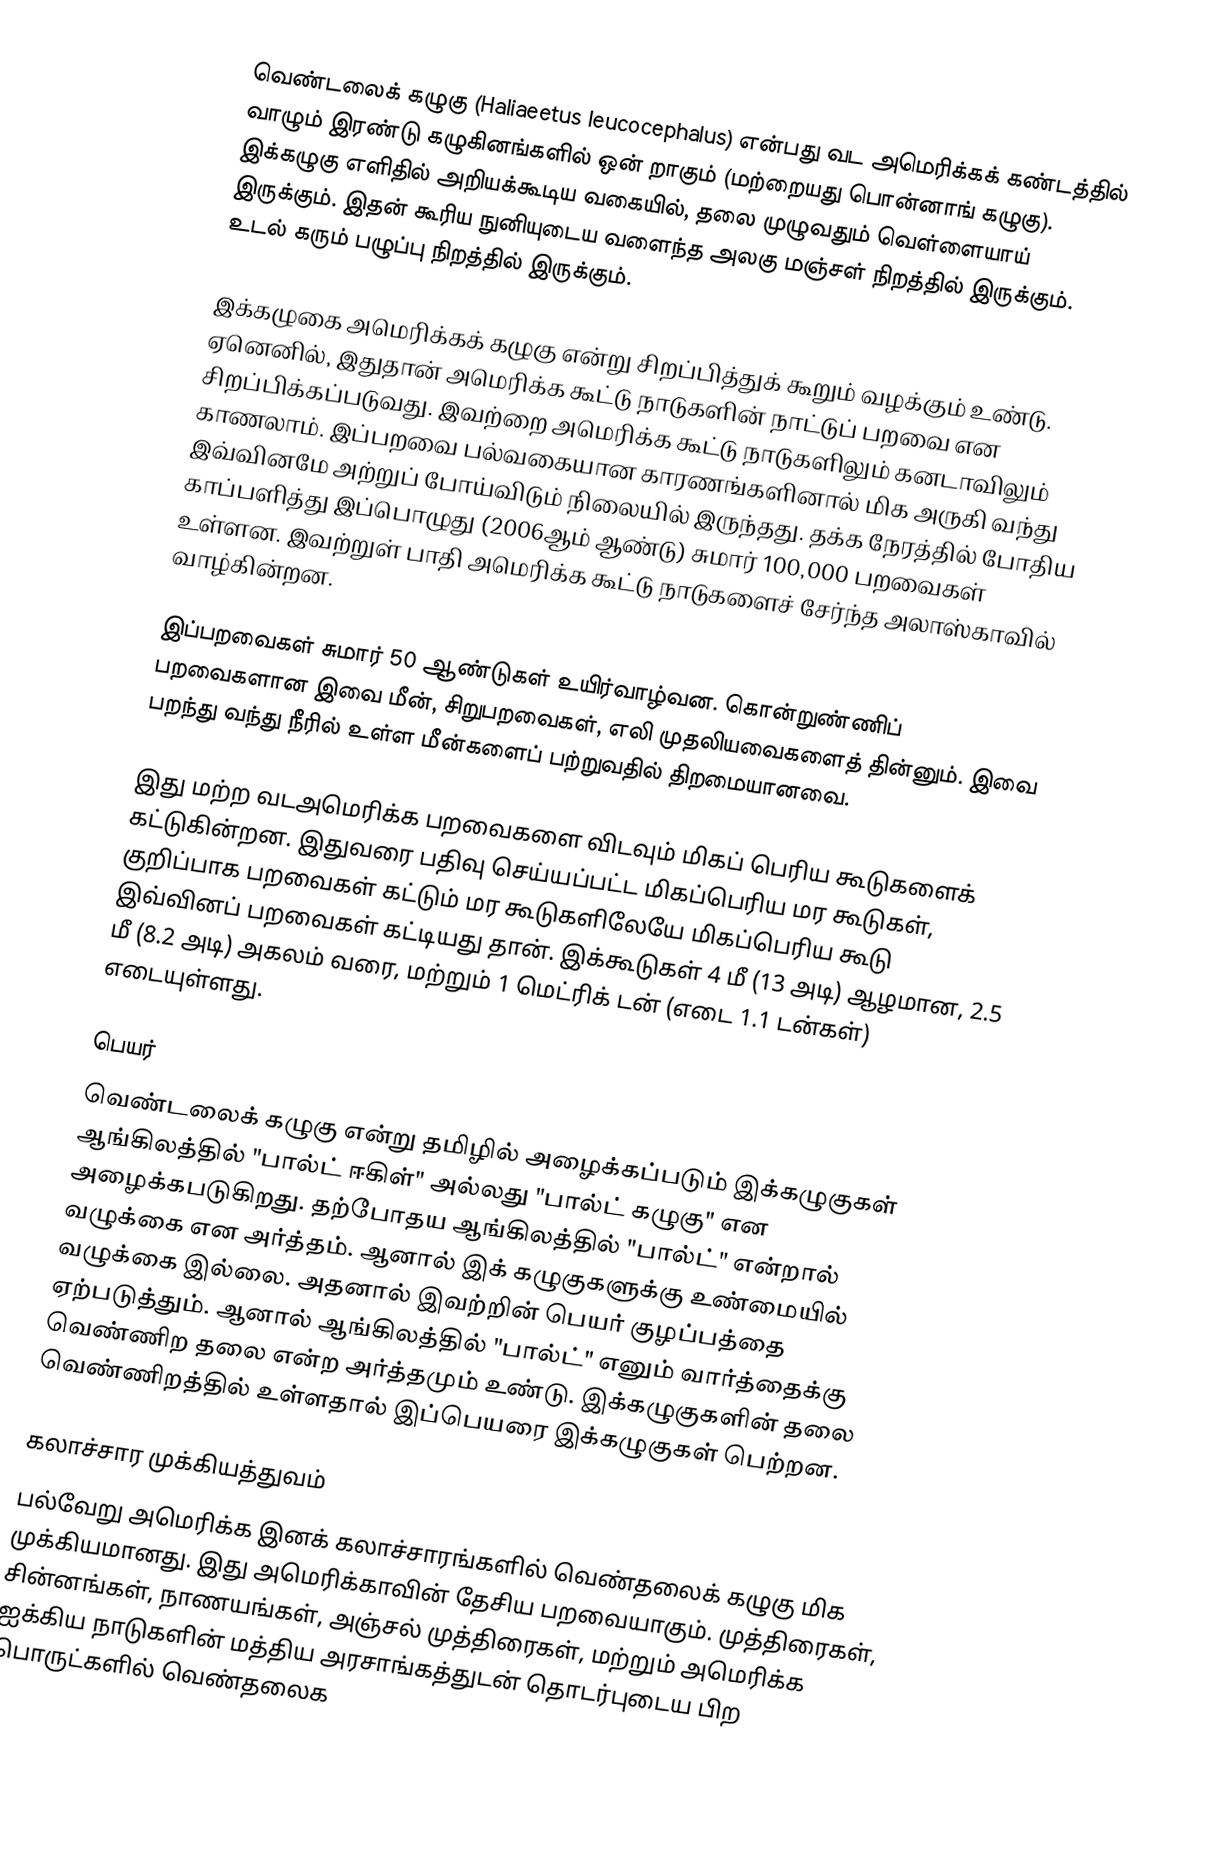
வெண்டலைக் கழுகு (Haliaeetus leucocephalus) என்பது வட அமெரிக்கக் கண்டத்தில் வாழும் இரண்டு கழுகினங்களில் ஒன் றாகும் (மற்றையது பொன்னாங் கழுகு). இக்கழுகு எளிதில் அறியக்கூடிய வகையில், தலை முழுவதும் வெள்ளையாய் இருக்கும். இதன் கூரிய நுனியுடைய வளைந்த அலகு மஞ்சள் நிறத்தில் இருக்கும். உடல் கரும் பழுப்பு நிறத்தில் இருக்கும்.

இக்கழுகை அமெரிக்கக் கழுகு என்று சிறப்பித்துக் கூறும் வழக்கும் உண்டு. ஏனெனில், இதுதான் அமெரிக்க கூட்டு நாடுகளின் நாட்டுப் பறவை என சிறப்பிக்கப்படுவது. இவற்றை அமெரிக்க கூட்டு நாடுகளிலும் கனடாவிலும் காணலாம். இப்பறவை பல்வகையான காரணங்களினால் மிக அருகி வந்து இவ்வினமே அற்றுப் போய்விடும் நிலையில் இருந்தது. தக்க நேரத்தில் போதிய காப்பளித்து இப்பொழுது (2006ஆம் ஆண்டு) சுமார் 100,000 பறவைகள் உள்ளன. இவற்றுள் பாதி அமெரிக்க கூட்டு நாடுகளைச் சேர்ந்த அலாஸ்காவில் வாழ்கின்றன.

இப்பறவைகள் சுமார் 50 ஆண்டுகள் உயிர்வாழ்வன. கொன்றுண்ணிப் பறவைகளான இவை மீன், சிறுபறவைகள், எலி முதலியவைகளைத் தின்னும். இவை பறந்து வந்து நீரில் உள்ள மீன்களைப் பற்றுவதில் திறமையானவை.

இது மற்ற வடஅமெரிக்க பறவைகளை விடவும் மிகப் பெரிய கூடுகளைக் கட்டுகின்றன. இதுவரை பதிவு செய்யப்பட்ட மிகப்பெரிய மர கூடுகள், குறிப்பாக பறவைகள் கட்டும் மர கூடுகளிலேயே மிகப்பெரிய கூடு இவ்வினப் பறவைகள் கட்டியது தான். இக்கூடுகள் 4 மீ (13 அடி) ஆழமான, 2.5 மீ (8.2 அடி) அகலம் வரை, மற்றும் 1 மெட்ரிக் டன் (எடை 1.1 டன்கள்) எடையுள்ளது.

பெயர்
வெண்டலைக் கழுகு என்று தமிழில் அழைக்கப்படும் இக்கழுகுகள் ஆங்கிலத்தில் "பால்ட் ஈகிள்" அல்லது "பால்ட் கழுகு" என அழைக்கபடுகிறது. தற்போதய ஆங்கிலத்தில் "பால்ட்" என்றால் வழுக்கை என அர்த்தம். ஆனால் இக் கழுகுகளுக்கு உண்மையில் வழுக்கை இல்லை. அதனால் இவற்றின் பெயர் குழப்பத்தை ஏற்படுத்தும். ஆனால் ஆங்கிலத்தில் "பால்ட்" எனும் வார்த்தைக்கு வெண்ணிற தலை என்ற அர்த்தமும் உண்டு. இக்கழுகுகளின் தலை வெண்ணிறத்தில் உள்ளதால் இப்பெயரை இக்கழுகுகள் பெற்றன.

கலாச்சார முக்கியத்துவம்
பல்வேறு அமெரிக்க இனக் கலாச்சாரங்களில் வெண்தலைக் கழுகு மிக முக்கியமானது.  இது அமெரிக்காவின் தேசிய பறவையாகும்.  முத்திரைகள், சின்னங்கள், நாணயங்கள், அஞ்சல் முத்திரைகள், மற்றும் அமெரிக்க ஐக்கிய நாடுகளின்  மத்திய அரசாங்கத்துடன் தொடர்புடைய பிற பொருட்களில் வெண்தலைக